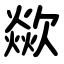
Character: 歘